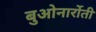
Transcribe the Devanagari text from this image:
बुओनार्रोती